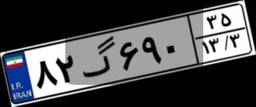
۰۴گ۱۲۹۷۷